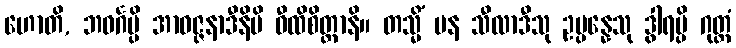
ဟောတိ, ဘဝင်္ဂမ္ပိ အာဝဇ္ဇနာဒီနိပိ ဝီထိစိတ္တာနိ။ တသ္မိံ ပန သီလာဒီသု ဥပ္ပန္နေသု ဒွါရမ္ပိ ဂုတ္တံ